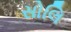
સોલિ